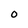
Character: o